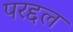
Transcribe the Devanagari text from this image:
परद्दल